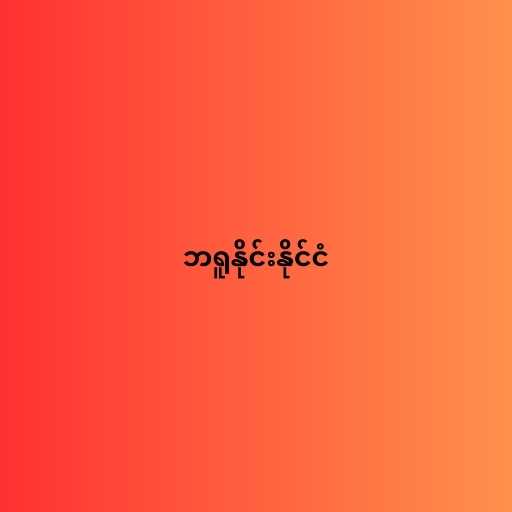
ဘရူနိုင်းနိုင်ငံ